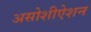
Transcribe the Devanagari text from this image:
असोशीऐशन